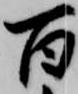
百